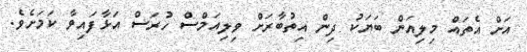
އަށް އެތައް މިލިއަން ބަޔަކު ދިން އިތުބާރަށް ވިލިއަމްސް ހުރަސް އަޅާފައިވާ ކަމަށެވެ.